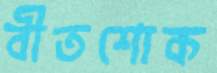
বীতশোক